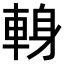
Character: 𨌈